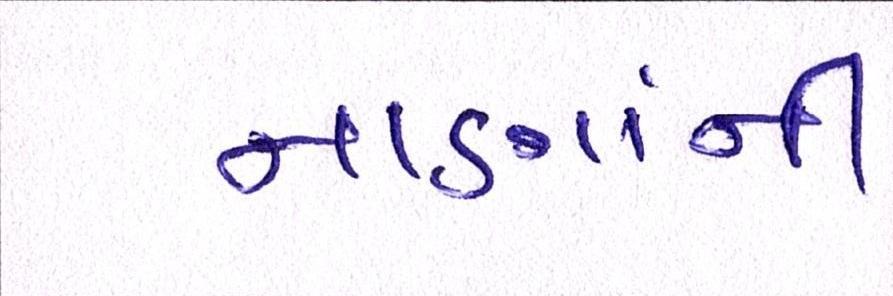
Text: નાણાંની